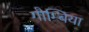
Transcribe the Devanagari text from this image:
गौम्बिया